Vaccination in Bombay 1869-1873 - 1869-1873
Year: 1869
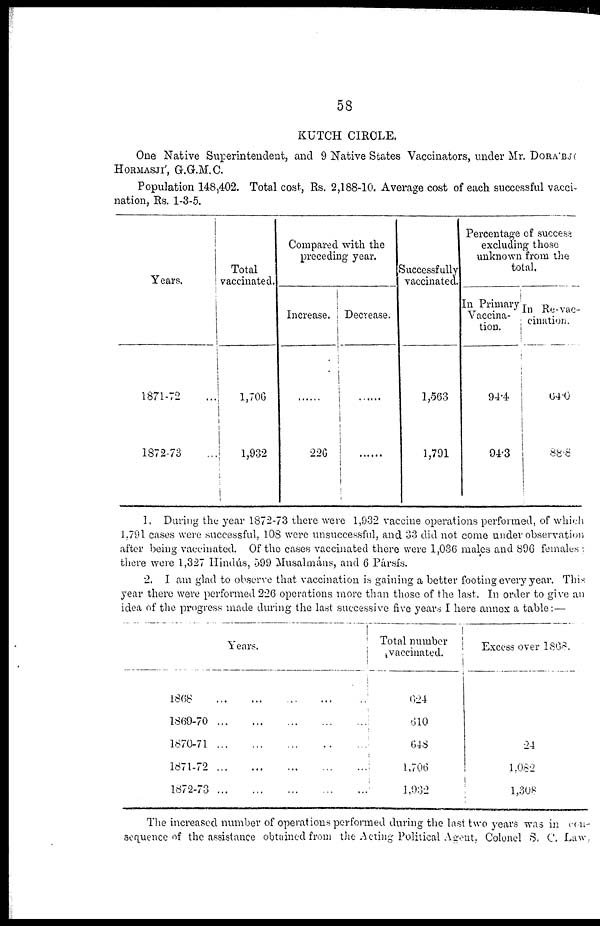
58
KUTCH CIRCLE.
One Native Superintendent, and 9 Native States Vaccinators, under Mr. DORÁBJI
HORMASJÍ, G.G.M.C.
Population 148,402. Total cost, Rs. 2,188-10. Average cost of each successful vacci-
nation, Rs. 1-3-5.
Years.
1871-72 ...
1872-73
Total
vaccinated.
1,706
1,932
Compared with the
preceding
year.
Increase.
......
226
Decrease.
......
......
Successfully
vaccinated.
1,563
1,791
Percentage of success
excluding those
unknown from the
total.
In Primary
Vaccina-
tion.
94.4
94.3
In Re-vac-
cination.
64.0
88.8
1. During the year 1872-73 there were 1,932 vaccine operations performed, of which
1.791 cases were successful, 108 were unsuccessful, and 33 did not come under observation
after being vaccinated. Of the cases vaccinated there were 1,036 males and 896 females
there were 1,327 Hindús, 599 Musalmáns, and 6 Pársís.
2. I am glad to observe that vaccination is gaining a better footing every year. This
year there were performed 226 operations more than those of the last. In order to give an
idea of the progress made during the last successive five years I here annex a table: —
Years.
1868
...
...
...
...
...
...
1869-70
...
...
...
...
...
1870-71
...
...
...
...
...
1871-72
...
...
...
...
...
1872-73
...
...
...
...
...
Total number
vaccinated.
624
610
648
1,706
1,932
Excess over 1868.
24
1,082
1,308
The increased number of operations performed during the last two years was in con-
sequence of the assistance obtained from the Acting Political A gent, Colonel S. C. Law,